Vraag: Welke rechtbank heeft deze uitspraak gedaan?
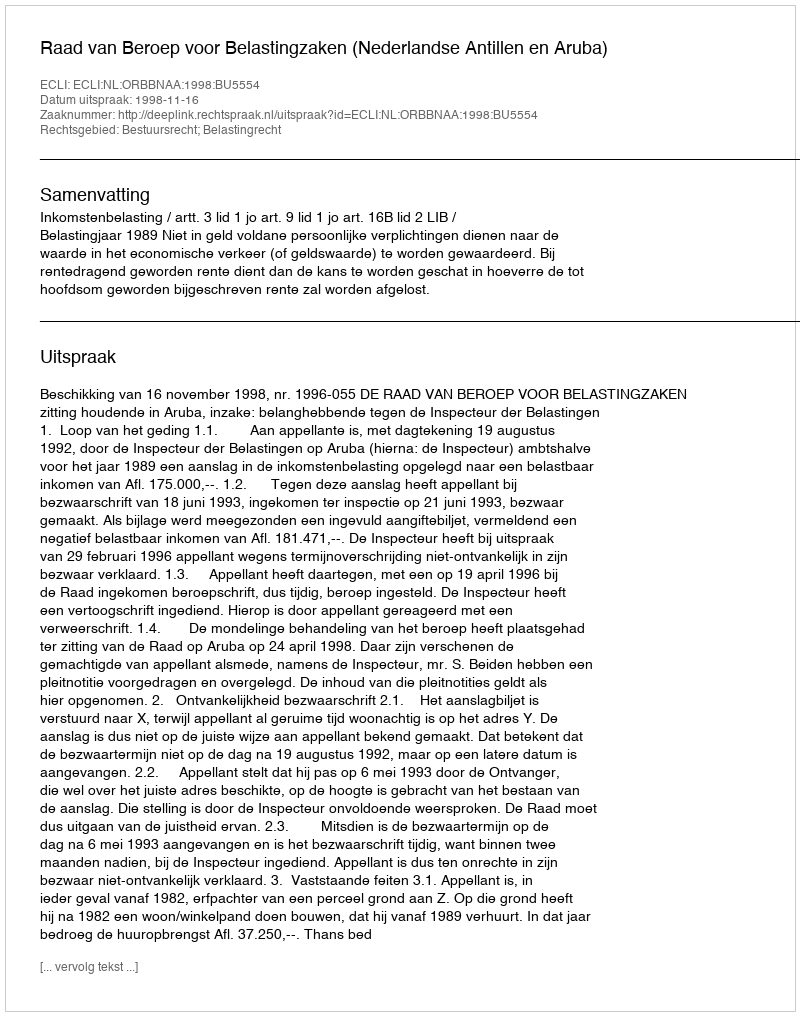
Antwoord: Raad van Beroep voor Belastingzaken (Nederlandse Antillen en Aruba)